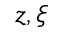
z , \xi